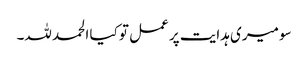
سو میری ہدایت پر عمل تو کیا الحمد للہ۔